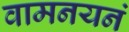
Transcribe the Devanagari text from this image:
वामनयनं